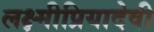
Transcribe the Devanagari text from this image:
लक्ष्मीप्रियादेवी